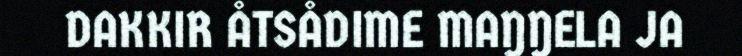
DAKKIR ÅTSÅDIME MAŊŊELA JA